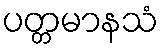
ပတ္တမာနသံ